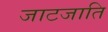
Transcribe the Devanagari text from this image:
जाटजाति